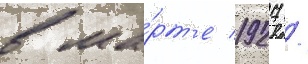
в ма́рт'е 1927 /